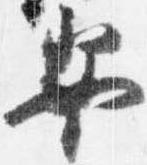
安